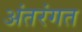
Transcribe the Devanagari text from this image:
अंतरंगत